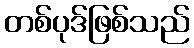
တစ်ပုဒ်ဖြစ်သည်